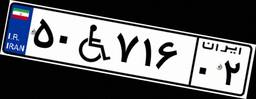
۵۰W۷۱۶۰۲